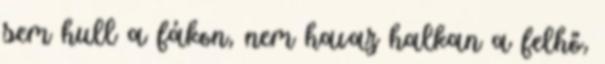
sem hull a fákon, nem havaz halkan a felhő,